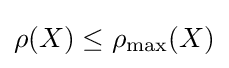
\rho (X)\leq \rho _{\max }(X)